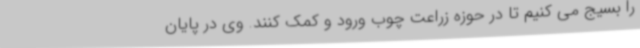
را بسیج می کنیم تا در حوزه زراعت چوب ورود و کمک کنند. وی در پایان